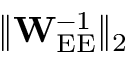
\lVert \mathbf { W } _ { \mathrm { E E } } ^ { - 1 } \rVert _ { 2 }